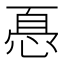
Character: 㥑